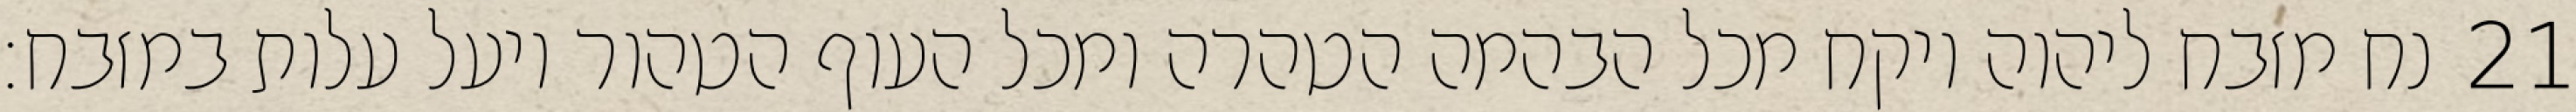
נח מזבח ליהוה ויקח מכל הבהמה הטהרה ומכל העוף הטהור ויעל עלות במזבח׃ ‎21‏